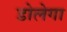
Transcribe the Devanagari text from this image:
डोलेगा